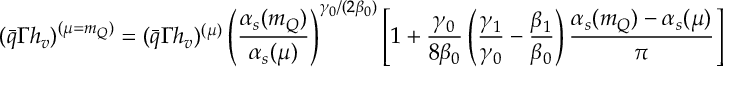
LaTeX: ( \bar { q } \Gamma h _ { v } ) ^ { ( \mu = m _ { Q } ) } = ( \bar { q } \Gamma h _ { v } ) ^ { ( \mu ) } \left( \frac { \alpha _ { s } ( m _ { Q } ) } { \alpha _ { s } ( \mu ) } \right) ^ { \gamma _ { 0 } / ( 2 \beta _ { 0 } ) } \left[ 1 + \frac { \gamma _ { 0 } } { 8 \beta _ { 0 } } \left( \frac { \gamma _ { 1 } } { \gamma _ { 0 } } - \frac { \beta _ { 1 } } { \beta _ { 0 } } \right) \frac { \alpha _ { s } ( m _ { Q } ) - \alpha _ { s } ( \mu ) } { \pi } \right]